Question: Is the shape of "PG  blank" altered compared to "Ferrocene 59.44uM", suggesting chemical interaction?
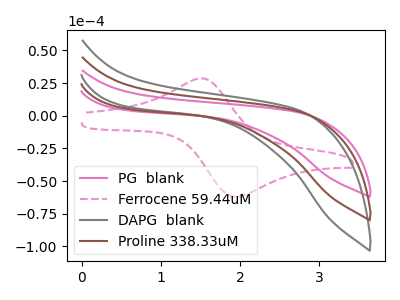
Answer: <think>The pink curve "PG  blank" has no peaks. The pink dashed curve "Ferrocene 59.44uM" has an anodic peak at (1.50V, 28.65uA) and a cathodic peak at (1.95V, -62.05uA). The gray curve "DAPG  blank" has no peaks. The brown curve "Proline 338.33uM" has no peaks.
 "PG  blank" and "Ferrocene 59.44uM" have a different number of peaks.</think>
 <answer>Yes, "PG  blank" and "Ferrocene 59.44uM" are different in shape.</answer>
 <eval>yes_change</eval>